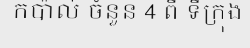
កប៉ាល់ ចំនួន 4 ពី ទីក្រុង